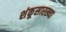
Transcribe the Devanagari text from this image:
शंकूसारख्या